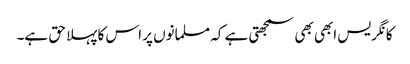
کانگریس ابھی بھی سمجھتی ہے کہ مسلمانوں پر اس کا پہلا حق ہے۔